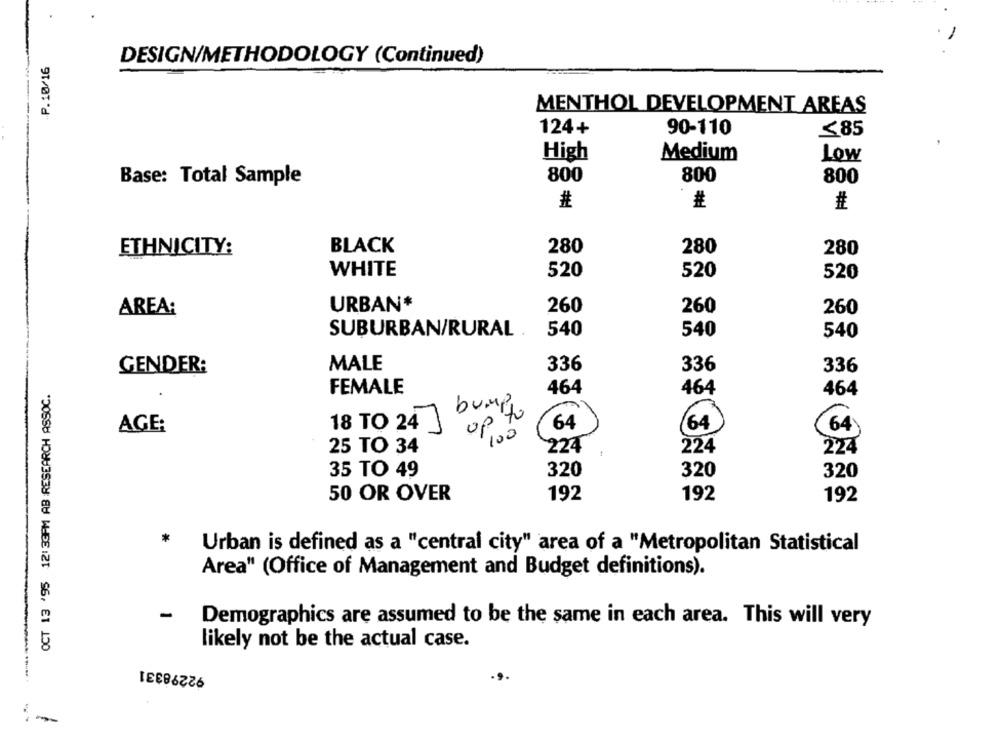
.P.10/16
DESIGN/METHODOLOGY (Continued)
MENTHOL DEVELOPMENT AREAS
--
124+
90-110
≤85
High
Medium
Low
800
800
800
Base: Total Sample
#
#
ETHNICITY:
BLACK
280
280
280
WHITE
520
520
520
URBAN*
260
260
260
AREA:
SUBURBAN/RURAL
540
540
540
GENDER:
MALE
336
336
336
OCT 13 '95 12:33PM AB RESEARCH ASSOC.
FEMALE
464
464
464
.
bump
to
002
64
18 TO 24
64
(64)
AGE:
25 TO 34
224
224
224
35 TO 49
320
320
320
50 OR OVER
192
192
192
Urban is defined as a "central city" area of a "Metropolitan Statistical
Area" (Office of Management and Budget definitions).
-
Demographics are assumed to be the same in each area. This will very
likely not be the actual case.
92298331